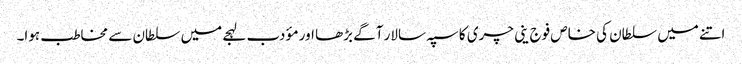
اتنے میں سلطان کی خاص فوج ینی چری کا سپہ سالار آگے بڑھا اور مؤدب لہجے میں سلطان سے مخاطب ہوا۔